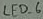
Text: LED_6